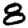
Digit: 8